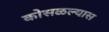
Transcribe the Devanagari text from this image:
कोसळल्यास